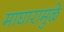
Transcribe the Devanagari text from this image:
माघारामुळे